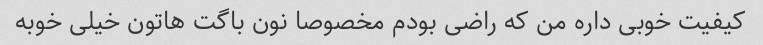
کیفیت خوبی داره من که راضی بودم مخصوصا نون باگت هاتون خیلی خوبه